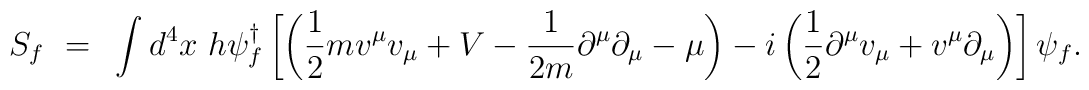
S_f~=~ \int d^4 x~h \psi_f^{\dagger} \left[ \left( \frac{1}{2} mv^{\mu} v_{\mu}+ V - \frac{1}{2m} \partial^{\mu} \partial_{\mu} - \mu \right) - i \left(\frac{1}{2} \partial^{\mu} v_{\mu} + v^{\mu} \partial_{\mu} \right) \right]\psi_f .